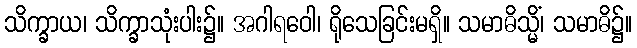
သိက္ခာယ၊ သိက္ခာသုံးပါး၌။ အဂါရဝေါ၊ ရိုသေခြင်းမရှိ။ သမာဓိသ္မိံ၊ သမာဓိ၌။